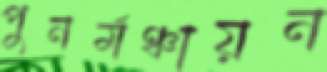
পুনর্মঞ্চায়ন